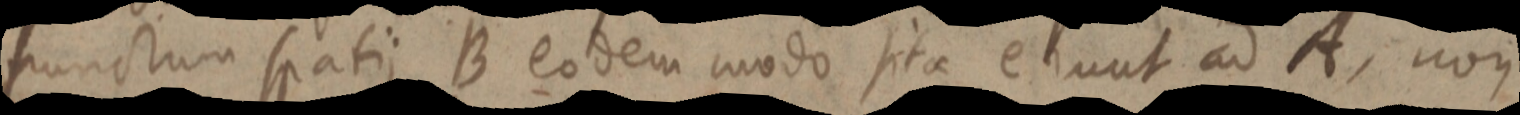
punctum spatii B eodem modo sitae erunt ad A, non